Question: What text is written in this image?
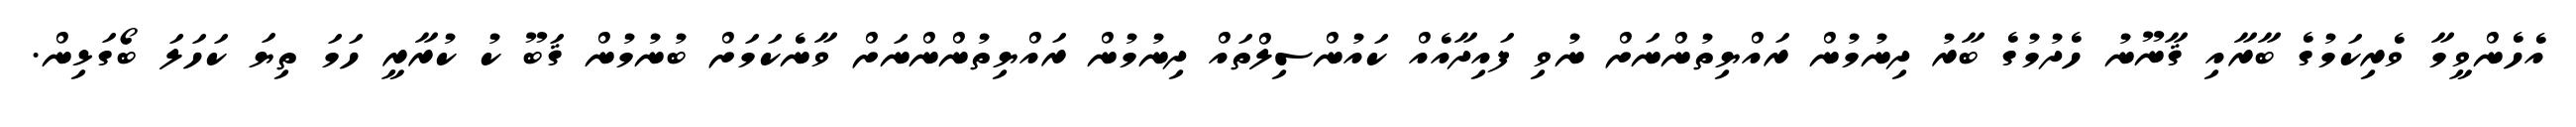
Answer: އެހެންވީމާ ވެރިކަމުގެ ބާރާއި ޤާނޫނު ހެދުމުގެ ބާރު ދިނުމުން ރައްޔިތުންނަށް ނުވި ފައިދާއެއް ކައުންސިލްތައް ދިނުމުން ރައްޔިތުންންނަށް ވާނެކަމަށް ބުނުމުން ޤަބޫ ކު ކުރާރީ ހަމަ ތިޔަ ކަހަލަ ބޯގަޅިން.